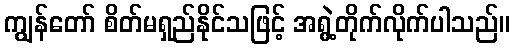
ကျွန်တော် စိတ်မရှည်နိုင်သဖြင့် အရွဲ့တိုက်လိုက်ပါသည်။